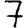
Digit: 7